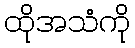
ထိုအသံကို